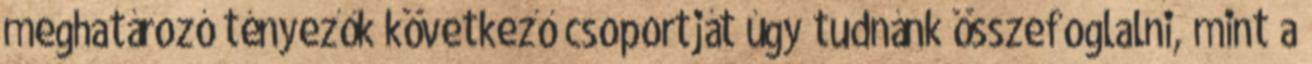
meghatározó tényezők következő csoportját úgy tudnánk összefoglalni, mint a